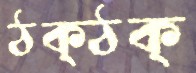
ঠক্‌ঠক্‌